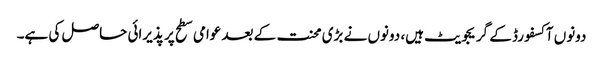
دونوں آکسفورڈ کے گریجویٹ ہیں، دونوں نے بڑی محنت کے بعد عوامی سطح پر پذیرائی حاصل کی ہے۔